Medical and sanitary report of the native army of Bengal for the year
Year: 1875
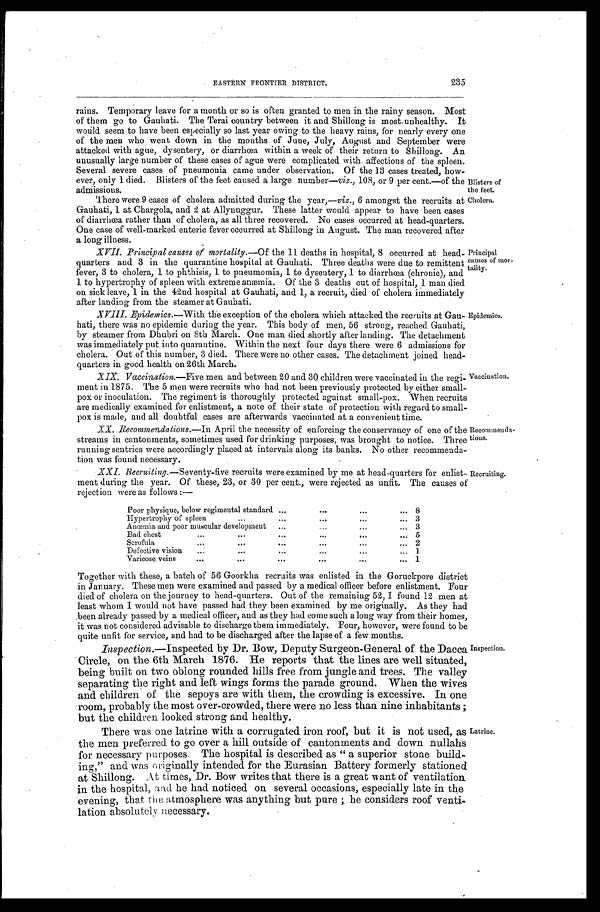
EASTERN FRONTIER DISTRICT.
235
rains. Temporary leave for a month or so is often granted to men in the rainy season. Most
of them go to Gauhati. The Terai country between it and Shillong is most unhealthy. It
would seem to have been especially so last year owing to the heavy rains, for nearly every one
of the men who went down in the months of June, July, August and September were
attacked with ague, dysentery, or diarrhœa within a week of their return to Shillong. An
unusually large number of these cases of ague were complicated with affections of the spleen.
Several severe cases of pneumonia came under observation. Of the 13 cases treated, how
- e v e r , o n l y 1 d i e d . B l i s t e r s o f t h e f e e t c a u s e d a l a r g e n u m b e r —v
i z . ,
1 0 8 , o r 9 p e r c e n t . — o f t h e
admissions.
There were 9 cases of cholera admitted during the year,— viz., 6 amongst the recruits at
Gauhati, 1 at Chargola, and 2 at Allynuggur. These latter would appear to have been cases
of diarrhœa rather than of cholera, as all three recovered. No cases occurred at head-quarters.
One case of well-marked enteric fever occurred at Shillong in August. The man recovered after
a long illness.
XVII. Principal causes of mortality. —Of the 11 deaths in hospital, 8 occurred at head
- q u a r t e r s a n d 3 i n t h e q u a r a n t i n e h o s p i t a l a t G a u h a t i . T h r e e d e a t h s w e r e d u e t o r e m i t t e n t
fever, 3 to cholera, 1 to phthisis, 1 to pneumomia, 1 to dysentery, 1 to diarrhœa (chronic), and
1 to hypertrophy of spleen with extreme anæmia. Of the 3 deaths out of hospital, 1 man died
on sick leave, 1 in the 42nd hospital at Gauhati, and 1, a recruit, died of cholera immediately
after landing from the steamer at Gauhati.
XVIII. Epidemics. —With the exception of the cholera which attacked the recruits at Gau
- h a t i , t h e r e w a s n o e p i d e m i c d u r i n g t h e y e a r . T h i s b o d y o f m e n , 5 6 s t r o n g , r e a c h e d G a u h a t i ,
by steamer from Dhubri on 8th March. One man died shortly after landing. The detachment
was immediately put into quarantine. Within the next four days there were 6 admissions for
cholera. Out of this number, 3 died. There were no other cases. The detachment joined head
- q u a r t e r s i n g o o d h e a l t h o n 2 6 t h M a r c h .
XIX. Vaccination.—Five men and between 20 and 30 children were vaccinated in the regi
-ment in 1875. The 5 men were recruits who had not been previously protected by either small
- p o x o r i n o c u l a t i o n . T h e r e g i m e n t i s t h o r o u g h l y p r o t e c t e d a g a i n s t s m a l l - p o x . W h e n r e c r u i t s
are medically examined for enlistment, a note of their state of protection with regard to small
- p o x i s m a d e , a n d a l l d o u b t f u l c a s e s a r e a f t e r w a r d s v a c c i n a t e d a t a c o n v e n i e n t t i m e .
XX. Recommendations.—In April the necessity of enforcing the conservancy of one of the
streams in cantonments, sometimes used for drinking purposes, was brought to notice. Three
running sentries were accordingly placed at intervals along its banks. No other recommenda
- t i o n w a s f o u n d n e c e s s a r y .
XXI. Recruiting. —Seventy-five recruits were examined by me at head-quarters for enlist
-ment during the year. Of these, 23, or 30 per cent., were rejected as unfit. The causes of
rejection were as follows:—
Blisters of
the feet.
Cholera.
Principal
causes of mor
- t a l i t y .
Epidemics.
Vaccination.
Recommenda
- t i o n s .
Recruiting.
Poor physique, below regimental standard
8
Hypertrophy of spleen
3
Anœmia and poor muscular development
3
Bad chest
5
Scrofula
2
D e f e c t i v e v i s i o n
1
Varicose veins
1
Together with these, a batch of 56 Goorkha recruits was enlisted in the Goruckpore district
in January. These men were examined and passed by a medical officer before enlistment. Four
died of cholera on the journey to head-quarters. Out of the remaining 52, I found 12 men at
least whom I would not have passed had they been examined by me originally. As they had
been already passed by a medical officer, and as they had come such a long way from their homes,
it was not considered advisable to discharge them immediately. Four, however, were found to be
quite unfit for service, and had to be discharged after the lapse of a few months.
Inspection.—Inspected by Dr. Bow, Deputy Surgeon-General of the Dacca
Circle, on the 6th March 1876. He reports that the lines are well situated,
being built on two oblong rounded hills free from jungle and trees. The valley
separating the right and left wings forms the parade ground. When the wives
and children of the sepoys are with them, the crowding is excessive. In one
room, probably the most over-crowded, there were no less than nine inhabitants;
but the children looked strong and healthy.
There was one latrine with a corrugated iron roof, but it is not used, as
the men preferred to go over a hill outside of cantonments and down nullahs
for necessary purposes. The hospital is described as "a superior stone build
- i ng, " and was or i gi nal l y i nt ended f or t he Eur as i an Bat t er y f or mer l y s t at i oned
at Shillong. At times, Dr. Bow writes that there is a great want of ventilation
in the hospital, and he had noticed on several occasions, especially late in the
evening, that the atmosphere was anything but pure; he considers roof venti
-lation absolutely necessary.
Inspection.
Latrine.